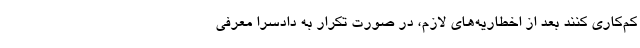
کم‌کاری کنند بعد از اخطاریه‌های لازم، در صورت تکرار به دادسرا معرفی